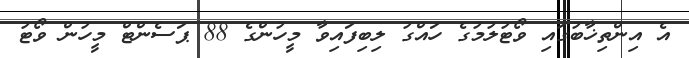
އެ އިންތިޚާބުގައި ވޯޓުލުމުގެ ހައްގު ލިބިފައިވާ މީހުންގެ 88 ޕަސެންޓް މީހުން ވޯޓު